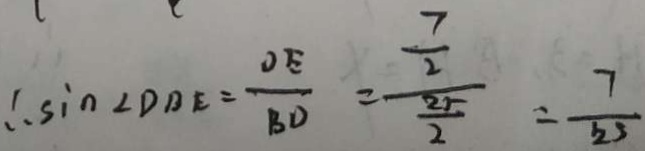
\therefore \sin \angle D B E = \frac { O E } { B D } = \frac { \frac { 7 } { 2 } } { \frac { 2 5 } { 7 } } = \frac { 7 } { 2 5 }